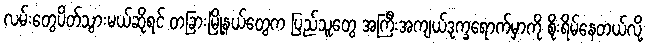
လမ်းတွေပိတ်သွားမယ်ဆိုရင် တခြားမြို့နယ်တွေက ပြည်သူတွေ အကြီးအကျယ်ဒုက္ခရောက်မှာကို စိုးရိမ်နေတယ်လို့